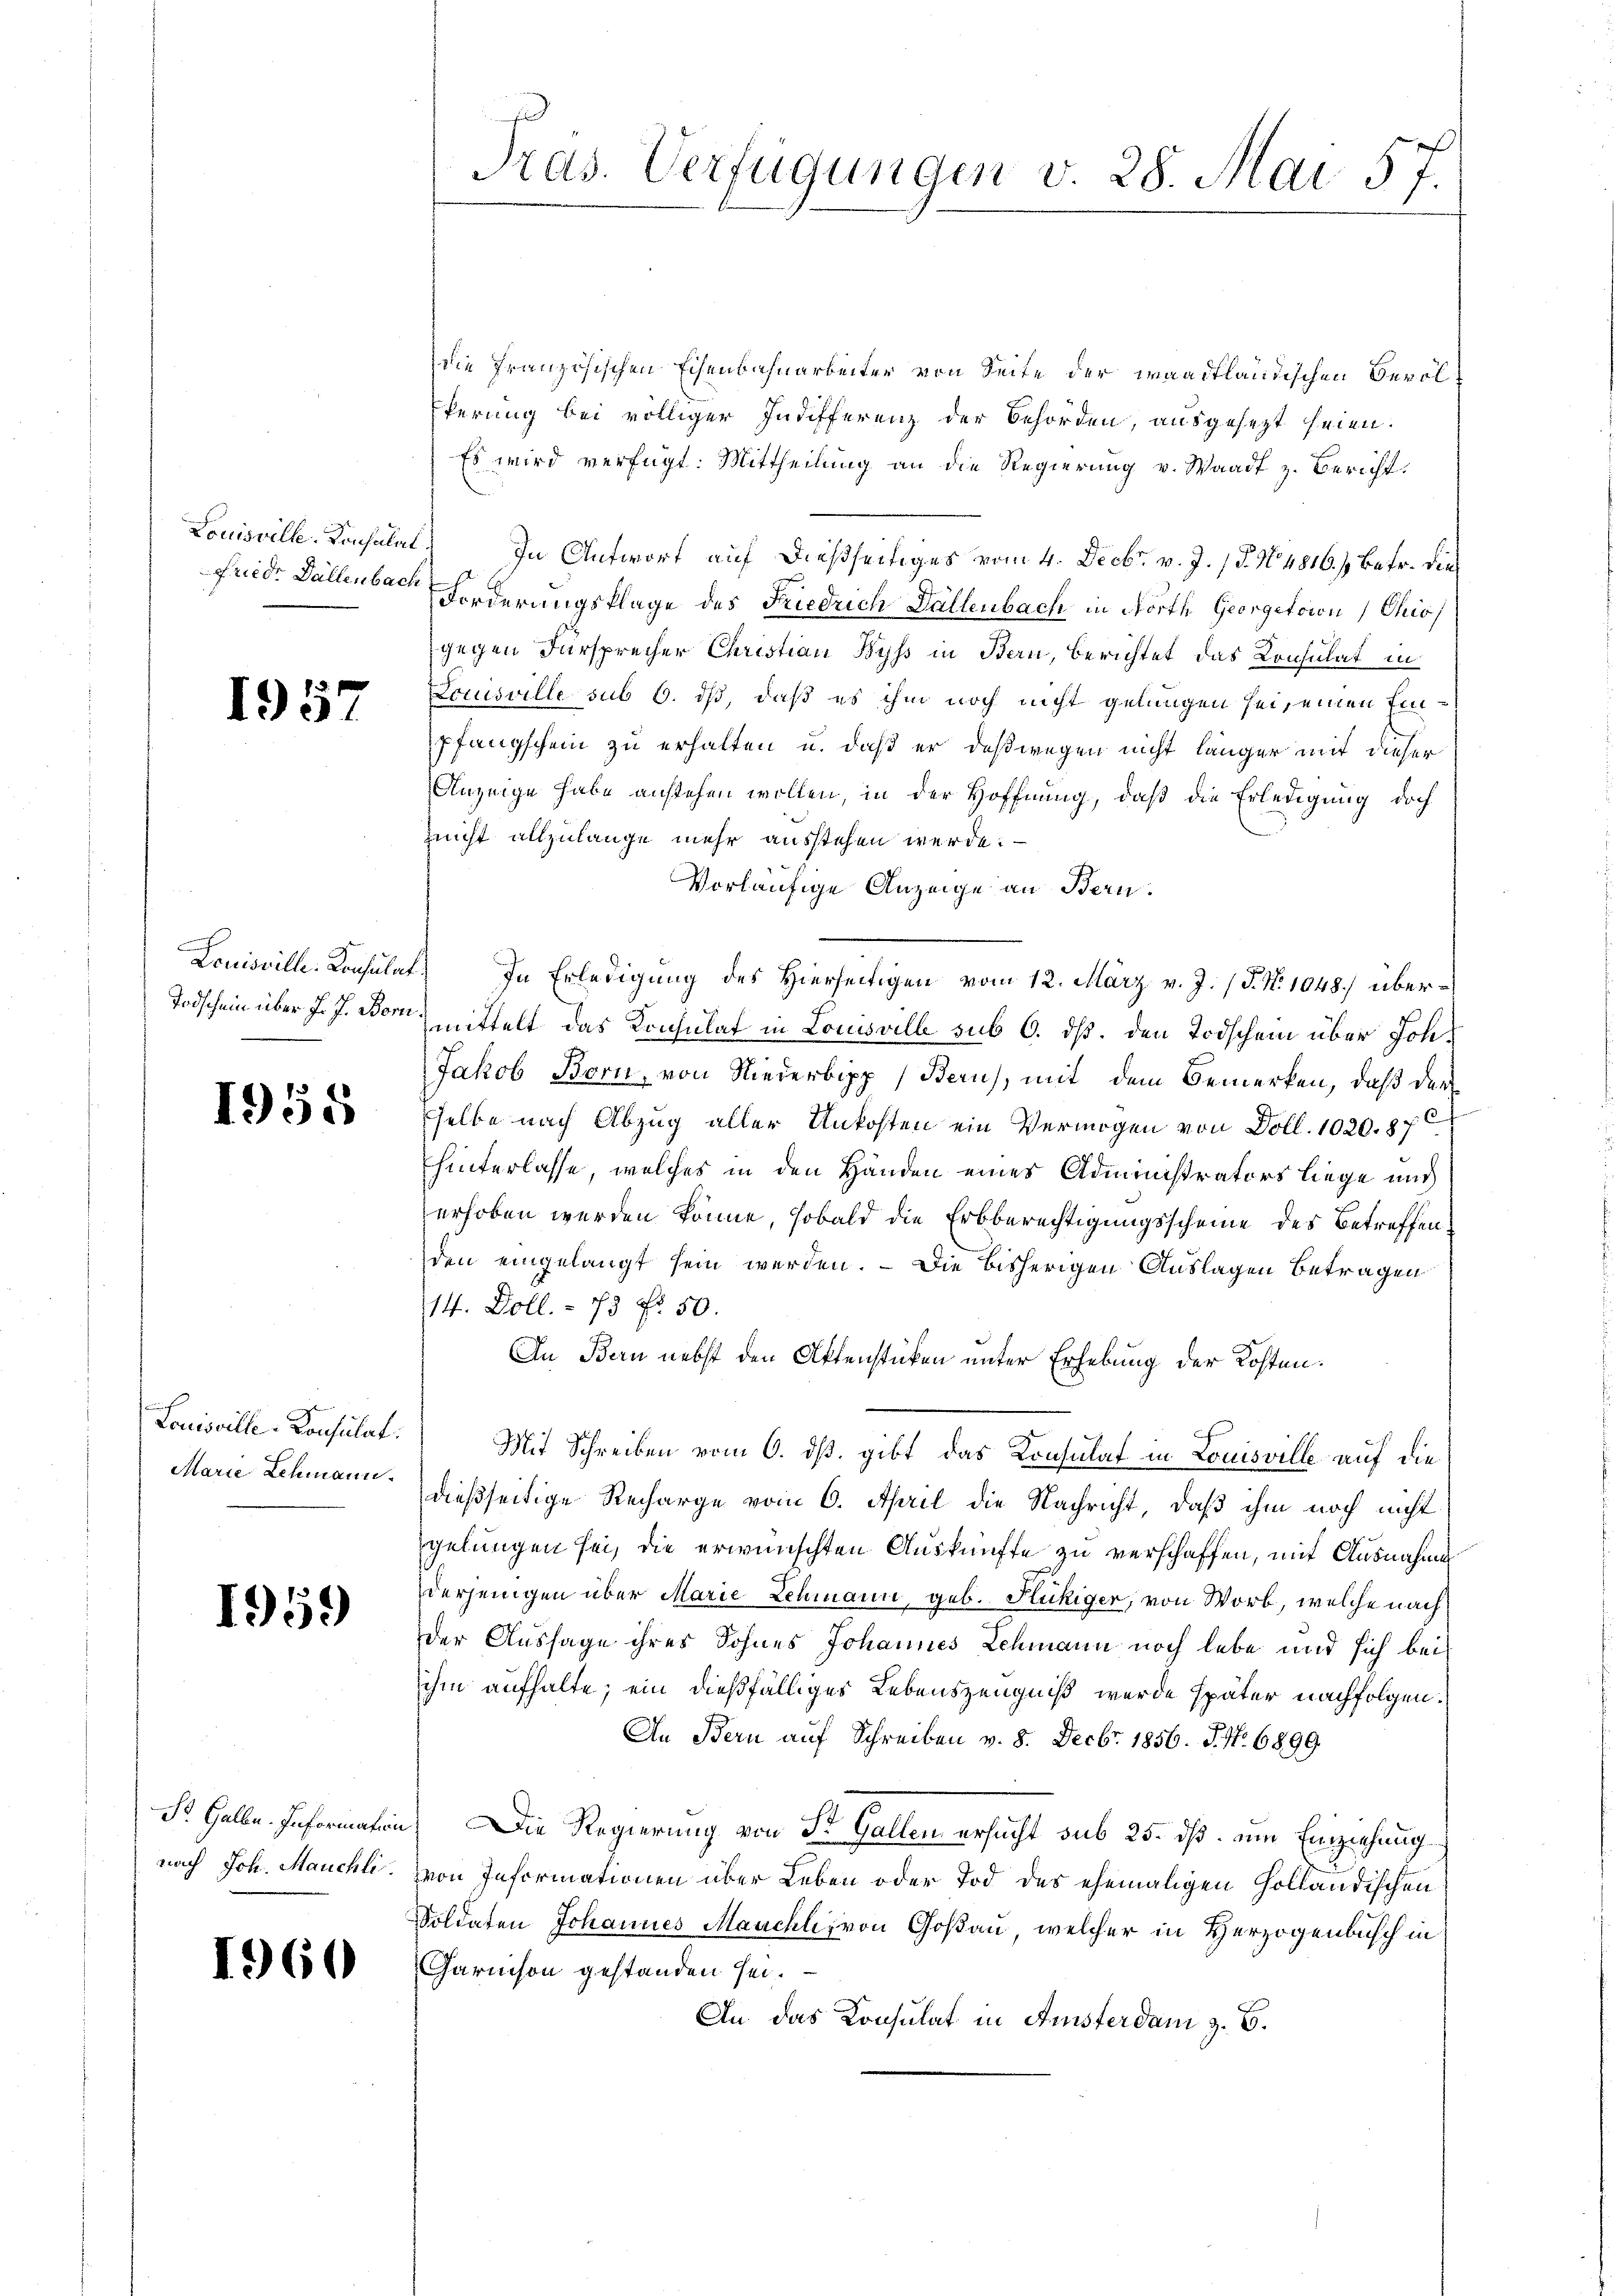
Louisville. Konsulat

1957

1955

Louisville-Consulat:

1959

1960

die französischen Eisenbahnarbeiter von Seite der waadtländischen Bevöl¬
Eferung bei völliger Indifferenz der Behörden, ausgesezt seien.
Es wird verfügt: Mittheilung an die Regierung v. Waadt z. Bericht.
In Antwort auf dießseitiges vom 4. Decbr. v. J. 17. No 4816. s. Betr. die
frid. Dallenbach Forderungsklage des Friedrich Dällenbach in North Georgetrien Chio
gegen Fürsprecher Christian Byss in Bern, berichtet das Konsulat in
Louisville sub 6. ds, daß es ihm noch nicht gelungen sei, einen Einpfangschein zu erhalten u. daß er deßwegen nicht länger mit dieser
Anzeige habe anstehen wollen, in der Hoffnung, daß die Erledigung doch
znicht allzulange mehr ausstehen werde.
Vorläufige Anzeige an Bern.
Louisville. Konsulat In Erledigung des Hierseitigen vom 12. März v. J. J. N. 1048 über¬
Todschein über J. J. Bormittelt das Konsulat in Louisville sub 6. dß. den Todschein über Joh¬
Jakob Born, von Niederbipp (Bern, mit dem Bemerken, daß der
selbe nach Abzug aller Unkosten ein Vermögen von Doll. 1020. 87
hinterlasse, welches in den Handen eines Administrators liege und
erhoben werden könne, sobald die Erbberechtigungsscheine des Betreffenden eingelangt sein werden. Die bisherigen Auslagen Betragen
14. Doll. – 73 f. 50.
In Bern nebst den Aktenstücken unter Erhebung der Kosten.
Mit Schreiben vom 6. ds. gibt das Konsulat in Louisville auf die
Marie Schmann dießseitige Recharge vom 6. April die Nachricht, daß ihm noch nicht
gelungen sei, die erwünschten Auskünfte zu verschaffen, mit Ausnahme
derjenigen über Marie Lehmann, geb. Fickiger, von Worb, welche nach
der Aussage ihres Sohnes Johannes Schmann noch lebe und sich bei
ihm aufhalte; ein dießfälliges Lebenszeugniß wurde später nachfolgen.
An Bern auf Schreiben v. 8. Decbr. 1856. J. No. 6899.
S Halle. Informatin. Die Regierung von St. Gallen ersucht sub 25. dß. um Einziehung
nach Joh. Meuchli, von Informationen über Leben oder Tod des ehemaligen Holländischen
Soldaten Johannes Manchli, von Goßau, welcher in Herzogenbusch in
Garnison gestanden sei.
An das Konsulat in Amsterdam z. B.

Pras. Verfügungen v. 28. Mai 57.